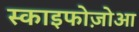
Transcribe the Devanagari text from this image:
स्काइफोज़ोआ